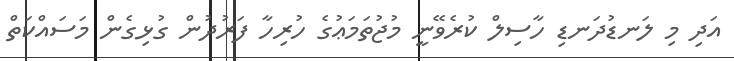
އަދި މި ލަނޑުދަނޑި ހާސިލް ކުރެވޭނީ މުޖުތަމަޢުގެ ހުރިހާ ފަރުދުން ގުޅިގެން މަސައްކަތް